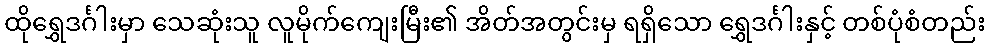
ထိုရွှေဒင်္ဂါးမှာ သေဆုံးသူ လူမိုက်ကျေးမြီး၏ အိတ်အတွင်းမှ ရရှိသော ရွှေဒင်္ဂါးနှင့် တစ်ပုံစံတည်း